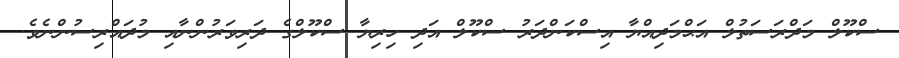
ސްކޫލް މަދްރަސަތުލް އަޙްމަދިއްޔާ އިސްކަންދަރު ސްކޫލް އަދި ހިރިޔާ ސްކޫލްގެ ދަރިވަރުންނާއި މުދައްރިސުންނެވެ.